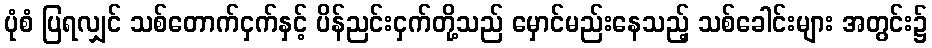
ပုံစံ ပြရလျှင် သစ်တောက်ငှက်နှင့် ပိန်ညင်းငှက်တို့သည် မှောင်မည်းနေသည့် သစ်ခေါင်းများ အတွင်း၌